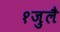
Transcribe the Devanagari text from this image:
१जुलै